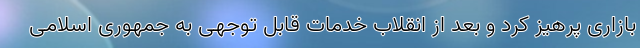
بازاری پرهیز کرد و بعد از انقلاب خدمات قابل توجهی به جمهوری اسلامی